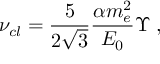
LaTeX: \nu _ { c l } = \frac { 5 } { 2 \sqrt { 3 } } \frac { \alpha m _ { e } ^ { 2 } } { E _ { 0 } } \Upsilon \; ,